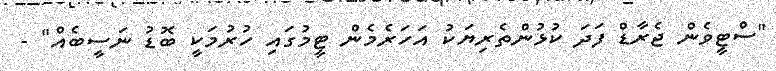
"ސްޓީވެން ޖެރާޑް ފަދަ ކުޅުންތެރިޔަކު އަހަރެމެން ޓީމުގައި ހުރުމަކީ ބޮޑު ނަސީބެއް" -